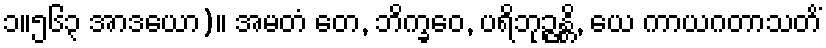
၁။၅၆၃ အာဒယော)။ အမတံ တေ, ဘိက္ခဝေ, ပရိဘုဉ္ဇန္တိ, ယေ ကာယဂတာသတိံ